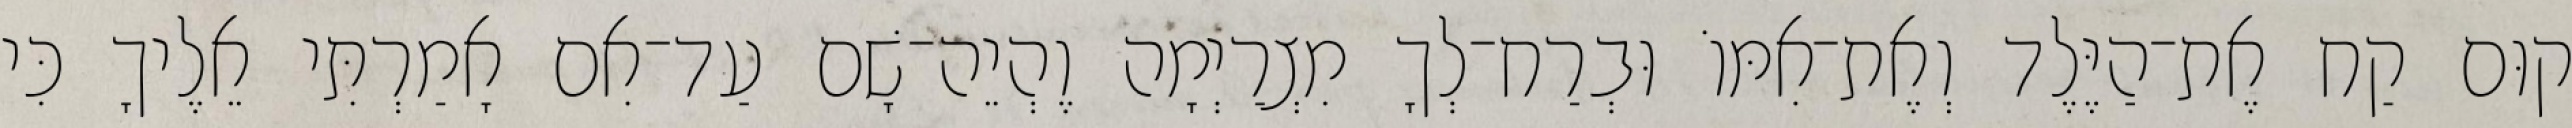
קוּם קַח אֶת־הַיֶּלֶד וְאֶת־אִמּוֹ וּבְרַח־לְךָ מִצְרַיְמָה וֶהְיֵה־שָׁם עַד־אִם אָמַרְתִּי אֵלֶיךָ כִּי